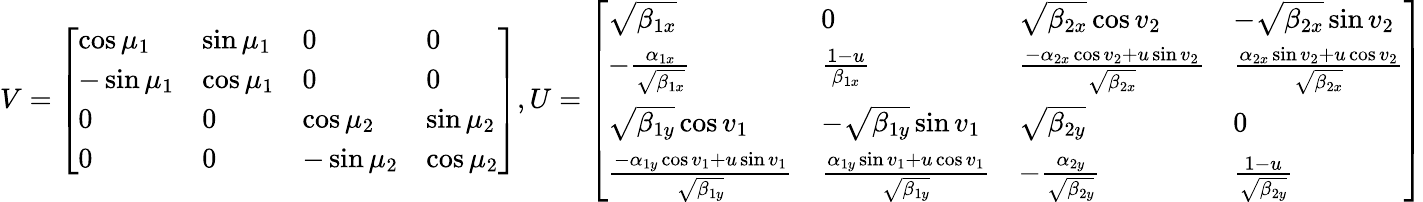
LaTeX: V=\left[\begin{array}{llll}{\cos\mu_{1}}&{\sin\mu_{1}}&{0}&{0}\\ {-\sin\mu_{1}}&{\cos\mu_{1}}&{0}&{0}\\ {0}&{0}&{\cos\mu_{2}}&{\sin\mu_{2}}\\ {0}&{0}&{-\sin\mu_{2}}&{\cos\mu_{2}}\end{array}\right],U=\left[\begin{array}{llll}{\sqrt{\beta_{1x}}}&{0}&{\sqrt{\beta_{2x}}\cos v_{2}}&{-\sqrt{\beta_{2x}}\sin v_{2}}\\ {-\frac{\alpha_{1x}}{\sqrt{\beta_{1x}}}}&{\frac{1-u}{\beta_{1x}}}&{\frac{-\alpha_{2x}\cos v_{2}+u\sin v_{2}}{\sqrt{\beta_{2x}}}}&{\frac{\alpha_{2x}\sin v_{2}+u\cos v_{2}}{\sqrt{\beta_{2x}}}}\\ {\sqrt{\beta_{1y}}\cos v_{1}}&{-\sqrt{\beta_{1y}}\sin v_{1}}&{\sqrt{\beta_{2y}}}&{0}\\ {\frac{-\alpha_{1y}\cos v_{1}+u\sin v_{1}}{\sqrt{\beta_{1y}}}}&{\frac{\alpha_{1y}\sin v_{1}+u\cos v_{1}}{\sqrt{\beta_{1y}}}}&{-\frac{\alpha_{2y}}{\sqrt{\beta_{2y}}}}&{\frac{1-u}{\sqrt{\beta_{2y}}}}\end{array}\right]